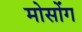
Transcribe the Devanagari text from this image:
मोसोंग